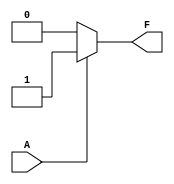
module KMap_1Var (
    input wire A,   // Input variable
    output wire F   // Output variable
);

    // Define output based on the K-map values for A
    // F is high (1) if any of the K-map cells (0 or 1) corresponding to A is filled with '1'
    assign F = (A == 1'b1) ? 1'b1 : 1'b0;   // You can set F(1) here based on K-map
    // Here is where you'd define specific logic if you wanted to use K-map filled values:
    // For example:
    // assign F = (A == 1) ? 1 : 0; // Adjust this based on K-map filling, with appropriate logic

endmodule